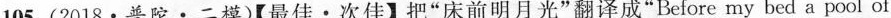
105.(2018·普陀·二模)【最佳·次佳】把”床前明月光”翻译成”Before my bed a pool of